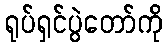
ရုပ်ရှင်ပွဲတော်ကို